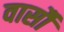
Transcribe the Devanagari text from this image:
वार्सौ